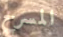
المسرح